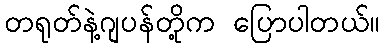
တရုတ်နဲ့ဂျပန်တို့က ပြောပါတယ်။